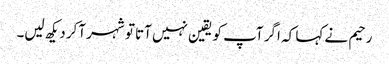
رحیم نے کہا کہ اگر آپ کو یقین نہیں آتا تو شہر آکر دیکھ لیں۔